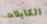
الكابلات